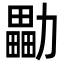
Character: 㔣